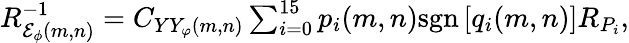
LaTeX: \begin{array}{r}{R_{{\mathcal E}_{\phi}(m,n)}^{-1}=C_{YY_{\varphi}(m,n)}\sum_{i=0}^{15}p_{i}(m,n)\mathrm{sgn}\left[q_{i}(m,n)\right]R_{P_{i}},}\end{array}